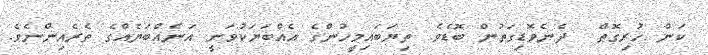
ކަން ހުރިގޮތް  ދެނެވޮޑިގަތުން ބޮޑެވެ. ތިޔަބައިމީހުންގެ އެއްބަޔަކުވަނީ އަނެއްބަޔެއްގެ ތެރެއިންނެވެ.